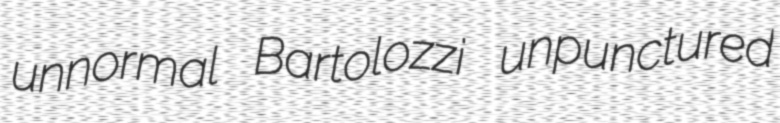
unnormal Bartolozzi unpunctured